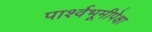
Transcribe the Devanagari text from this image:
पार्श्वभूमीपेक्षा